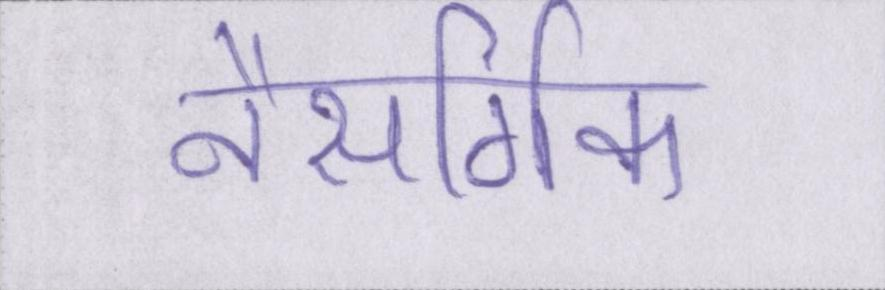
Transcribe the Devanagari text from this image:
नैसर्गिक